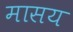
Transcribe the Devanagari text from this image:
मासय